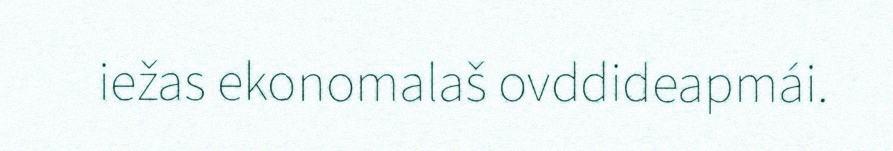
iežas ekonomalaš ovddideapmái.